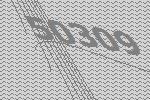
50309